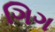
ગિગ